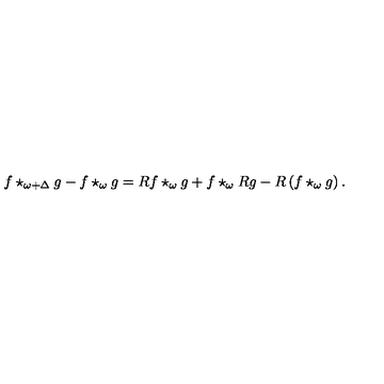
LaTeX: f \star _ { \omega + \Delta } g - f \star _ { \omega } g = R f \star _ { \omega } g + f \star _ { \omega } R g - R \left( f \star _ { \omega } g \right) .